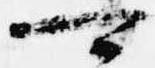
可